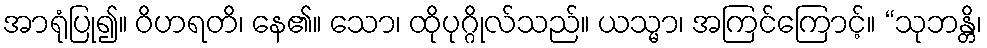
အာရုံပြု၍။ ဝိဟရတိ၊ နေ၏။ သော၊ ထိုပုဂ္ဂိုလ်သည်။ ယသ္မာ၊ အကြင်ကြောင့်။ “သုဘန္တိ၊